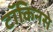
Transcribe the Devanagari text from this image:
टॉकिनसे